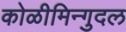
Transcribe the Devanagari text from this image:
कोळीमिन्गुदल